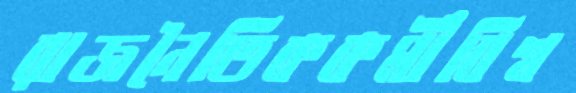
রাজনৈতিককর্মীবিশ্ব